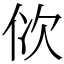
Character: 佽